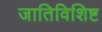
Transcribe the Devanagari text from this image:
जातिविशिष्ट